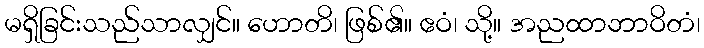
မရှိခြင်းသည်သာလျှင်။ ဟောတိ၊ ဖြစ်၏။ ဧဝံ၊ သို့။ အညထာဘာဝိတံ၊